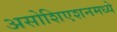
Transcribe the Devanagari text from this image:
असोशिएशनमध्ये